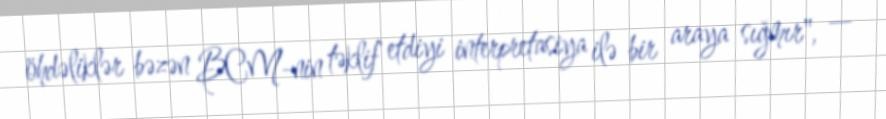
öhdəliklər bəzən BCM-nin təklif etdiyi interpretasiya ilə bir araya sığmır", —